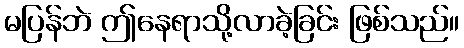
မပြန်ဘဲ ဤနေရာသို့လာခဲ့ခြင်း ဖြစ်သည်။